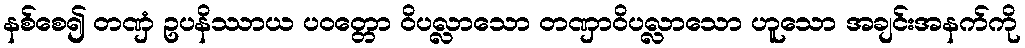
နစ်စေ၍ တဏှံ ဥပနိဿာယ ပဝတ္တော ဝိပလ္လာသော တဏှာဝိပလ္လာသော ဟူသော အချင်းအနက်ကို